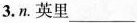
3. n. 英里___